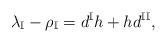
\begin{align*}\lambda_\mathbb{I}-\rho_{\mathbb{I}}=d^{\mathbb{I}} h+ h d^{\mathbb{II}}, \end{align*}